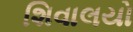
શિવાલયો